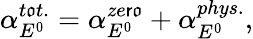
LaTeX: \alpha_{E^{0}}^{t\mathfrak{o}t.}=\alpha_{E^{0}}^{ze\mathsf{r}\mathfrak{o}}+\alpha_{E^{0}}^{phys.},